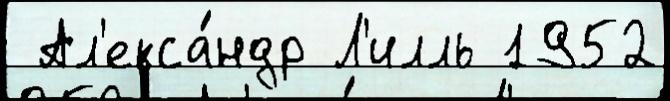
 Ал'екса́ндр Л'илль 1952